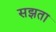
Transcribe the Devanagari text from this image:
सझता